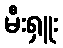
မီးရှူး